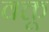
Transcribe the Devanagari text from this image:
वक्तू